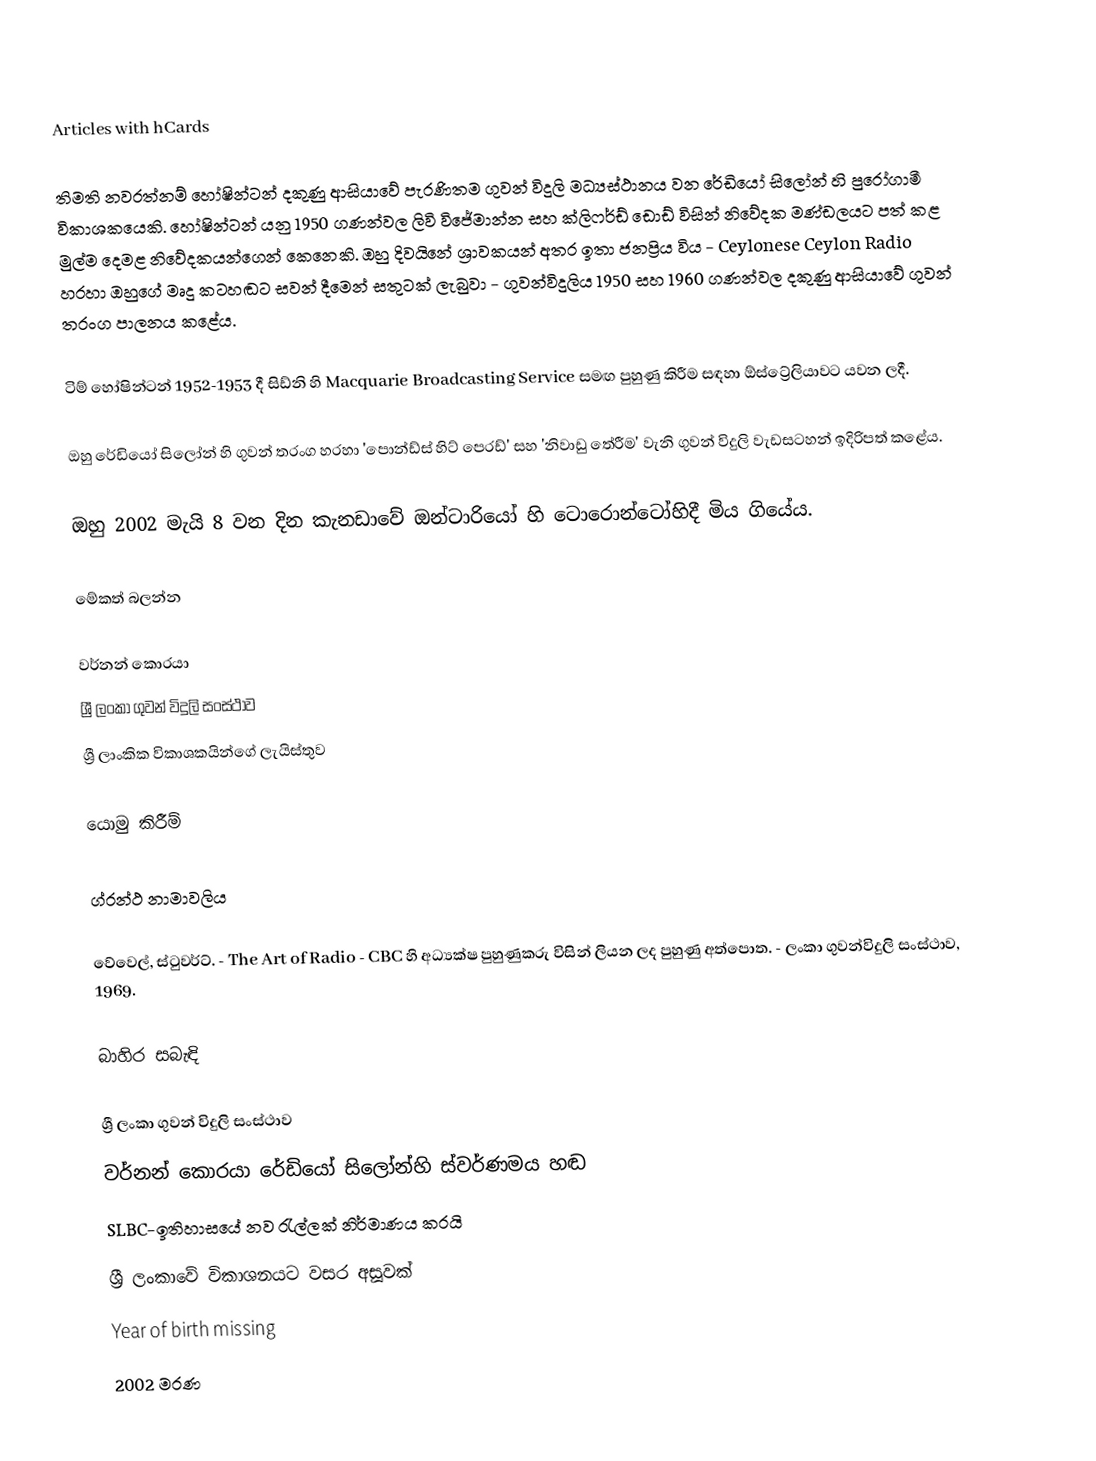
Articles with hCards

තිමති නවරත්නම් හෝෂින්ටන් දකුණු ආසියාවේ පැරණිතම ගුවන් විදුලි මධ්‍යස්ථානය වන රේඩියෝ සිලෝන් හි පුරෝගාමී විකාශකයෙකි.  හෝෂින්ටන් යනු 1950 ගණන්වල ලිවි විජේමාන්න සහ ක්ලිෆර්ඩ් ඩොඩ් විසින් නිවේදක මණ්ඩලයට පත් කළ මුල්ම දෙමළ නිවේදකයන්ගෙන් කෙනෙකි. ඔහු දිවයිනේ ශ්‍රාවකයන් අතර ඉතා ජනප්‍රිය විය - Ceylonese Ceylon Radio හරහා ඔහුගේ මෘදු කටහඬට සවන් දීමෙන් සතුටක් ලැබුවා - ගුවන්විදුලිය 1950 සහ 1960 ගණන්වල දකුණු ආසියාවේ ගුවන් තරංග පාලනය කළේය.

ටිම් හෝෂින්ටන් 1952-1953 දී සිඩ්නි හි Macquarie Broadcasting Service සමඟ පුහුණු කිරීම සඳහා ඕස්ට්‍රේලියාවට යවන ලදී.

ඔහු රේඩියෝ සිලෝන් හි ගුවන් තරංග හරහා 'පොන්ඩ්ස් හිට් පෙරඩ්' සහ 'නිවාඩු තේරීම' වැනි ගුවන් විදුලි වැඩසටහන් ඉදිරිපත් කළේය.

ඔහු 2002 මැයි 8 වන දින කැනඩාවේ ඔන්ටාරියෝ හි ටොරොන්ටෝහිදී මිය ගියේය.

මේකත් බලන්න

 වර්නන් කොරයා
 ශ්‍රී ලංකා ගුවන් විදුලි සංස්ථාව
 ශ්‍රී ලාංකික විකාශකයින්ගේ ලැයිස්තුව

යොමු කිරීම්

ග්රන්ථ නාමාවලිය

 වේවෙල්, ස්ටුවර්ට්. - The Art of Radio - CBC හි අධ්‍යක්ෂ පුහුණුකරු විසින් ලියන ලද පුහුණු අත්පොත. - ලංකා ගුවන්විදුලි සංස්ථාව, 1969.

බාහිර සබැඳි

 ශ්‍රී ලංකා ගුවන් විදුලි සංස්ථාව
 වර්නන් කොරයා රේඩියෝ සිලෝන්හි ස්වර්ණමය හඬ
 SLBC-ඉතිහාසයේ නව රැල්ලක් නිර්මාණය කරයි
 ශ්‍රී ලංකාවේ විකාශනයට වසර අසූවක්
Year of birth missing
2002 මරණ